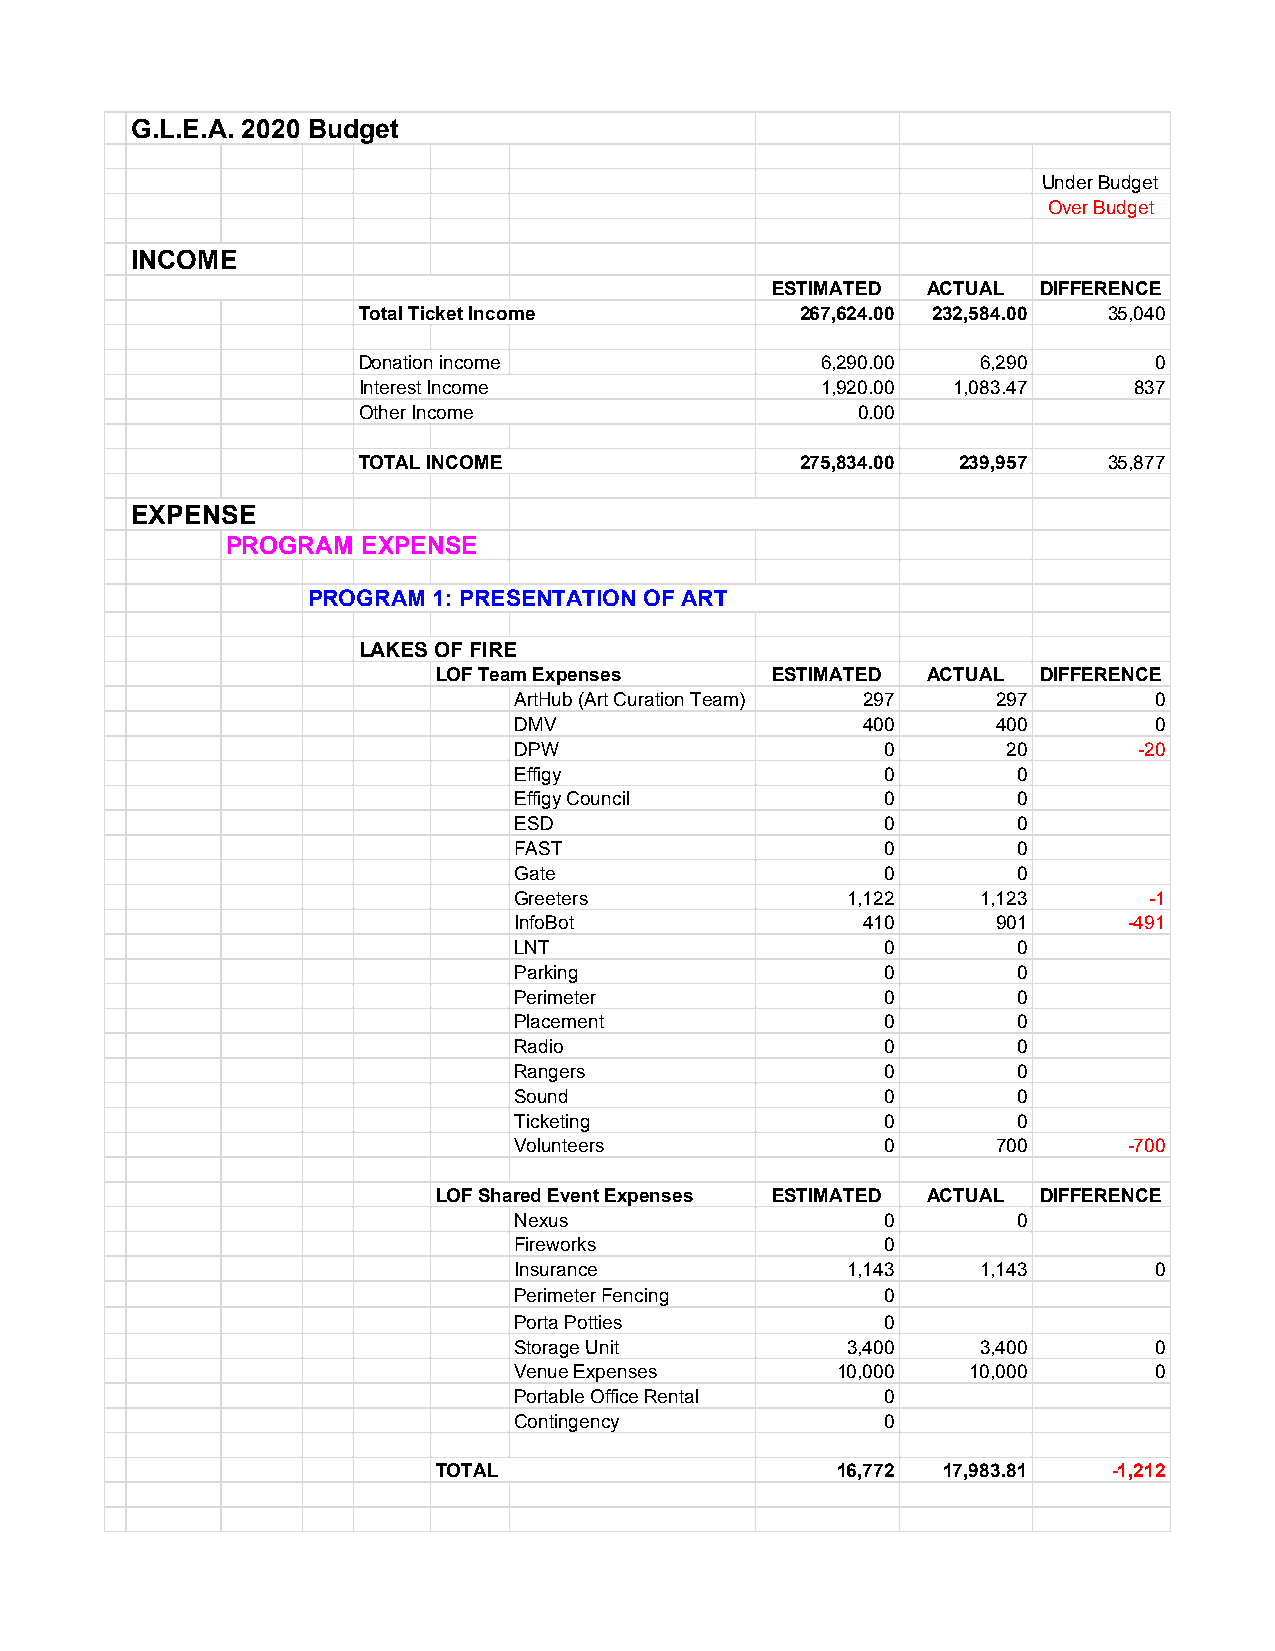
G.L.E.A. 2020 Budget
 Under Budget
 Over Budget
 INCOME
 ESTIMATED ACTUAL  DIFFERENCE
 Total Ticket Income          267,624.00 232,584.00 35,040
 Donation income               6,290.00   6,290      0
 Interest Income               1,920.00 1,083.47    837
 Other Income                     0.00
 TOTAL INCOME                 275,834.00 239,957  35,877
 EXPENSE
 PROGRAM  EXPENSE
 PROGRAM  1: PRESENTATION OF ART
 LAKES OF FIRE
 LOF Team Expenses     ESTIMATED ACTUAL  DIFFERENCE
 ArtHub (Art Curation Team) 297  297       0
 DMV                    400      400       0
 DPW                      0       20      -20
 Effigy                   0       0
 Effigy Council           0       0
 ESD                      0       0
 FAST                     0       0
 Gate                     0       0
 Greeters              1,122    1,123      -1
 InfoBot                410      901      -491
 LNT                      0       0
 Parking                  0       0
 Perimeter                0       0
 Placement                0       0
 Radio                    0       0
 Rangers                  0       0
 Sound                    0       0
 Ticketing                0       0
 Volunteers               0      700      -700
 LOF Shared Event Expenses ESTIMATED ACTUAL DIFFERENCE
 Nexus                    0       0
 Fireworks                0
 Insurance             1,143    1,143      0
 Perimeter Fencing        0
 Porta Potties            0
 Storage Unit          3,400    3,400      0
 Venue Expenses       10,000   10,000      0
 Portable Office Rental   0
 Contingency              0
 TOTAL                     16,772 17,983.81   -1,212